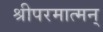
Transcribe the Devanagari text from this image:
श्रीपरमात्मन्